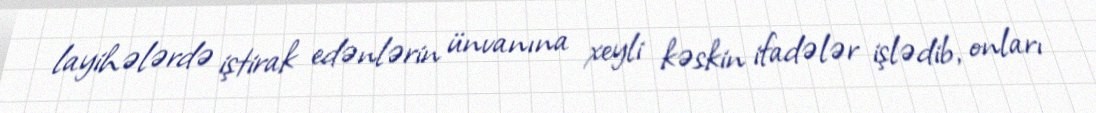
layihələrdə iştirak edənlərin ünvanına xeyli kəskin ifadələr işlədib, onları